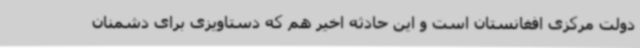
دولت مرکزی افغانستان است و این حادثه اخیر هم که دستاویزی برای دشمنان